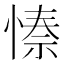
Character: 𭝺